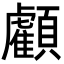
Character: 𩕷